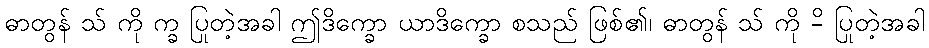
ဓာတွန် သ် ကို က္ခ ပြုတဲ့အခါ ဤဒိက္ခော ယာဒိက္ခော စသည် ဖြစ်၏၊ ဓာတွန် သ် ကို -ိ ပြုတဲ့အခါ